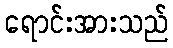
ရောင်းအားသည်